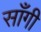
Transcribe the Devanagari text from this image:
साँगी